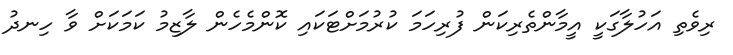
ރިވެތި އަހުލާގަކީ އީމާންތެރިކަން ފުރިހަމަ ކުރުމަށްޓަކައި ކޮންމެހެން ލާޒިމު ކަމަކަށް ވާ ހިނދު